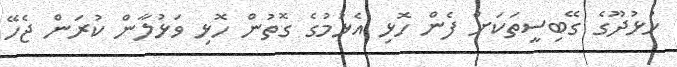
ހުޅުދޫގެ ގޭބިސީތަކަށް ފެން ހޮޅި އެޅުމުގެ ގޮތުން ހޮޅި ވަޅުލާން ކުރަން ޖެހޭ